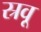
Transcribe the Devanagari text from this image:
स्रवू